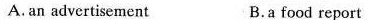
A, an advertisement B.a food report